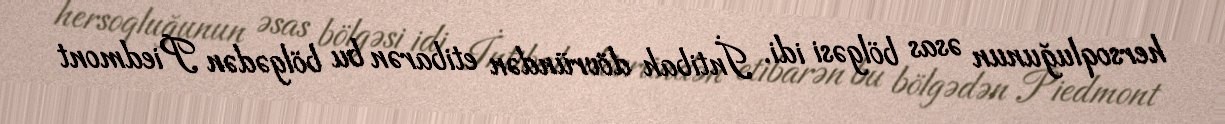
hersoqluğunun əsas bölgəsi idi. İntibah dövründən etibarən bu bölgədən Piedmont